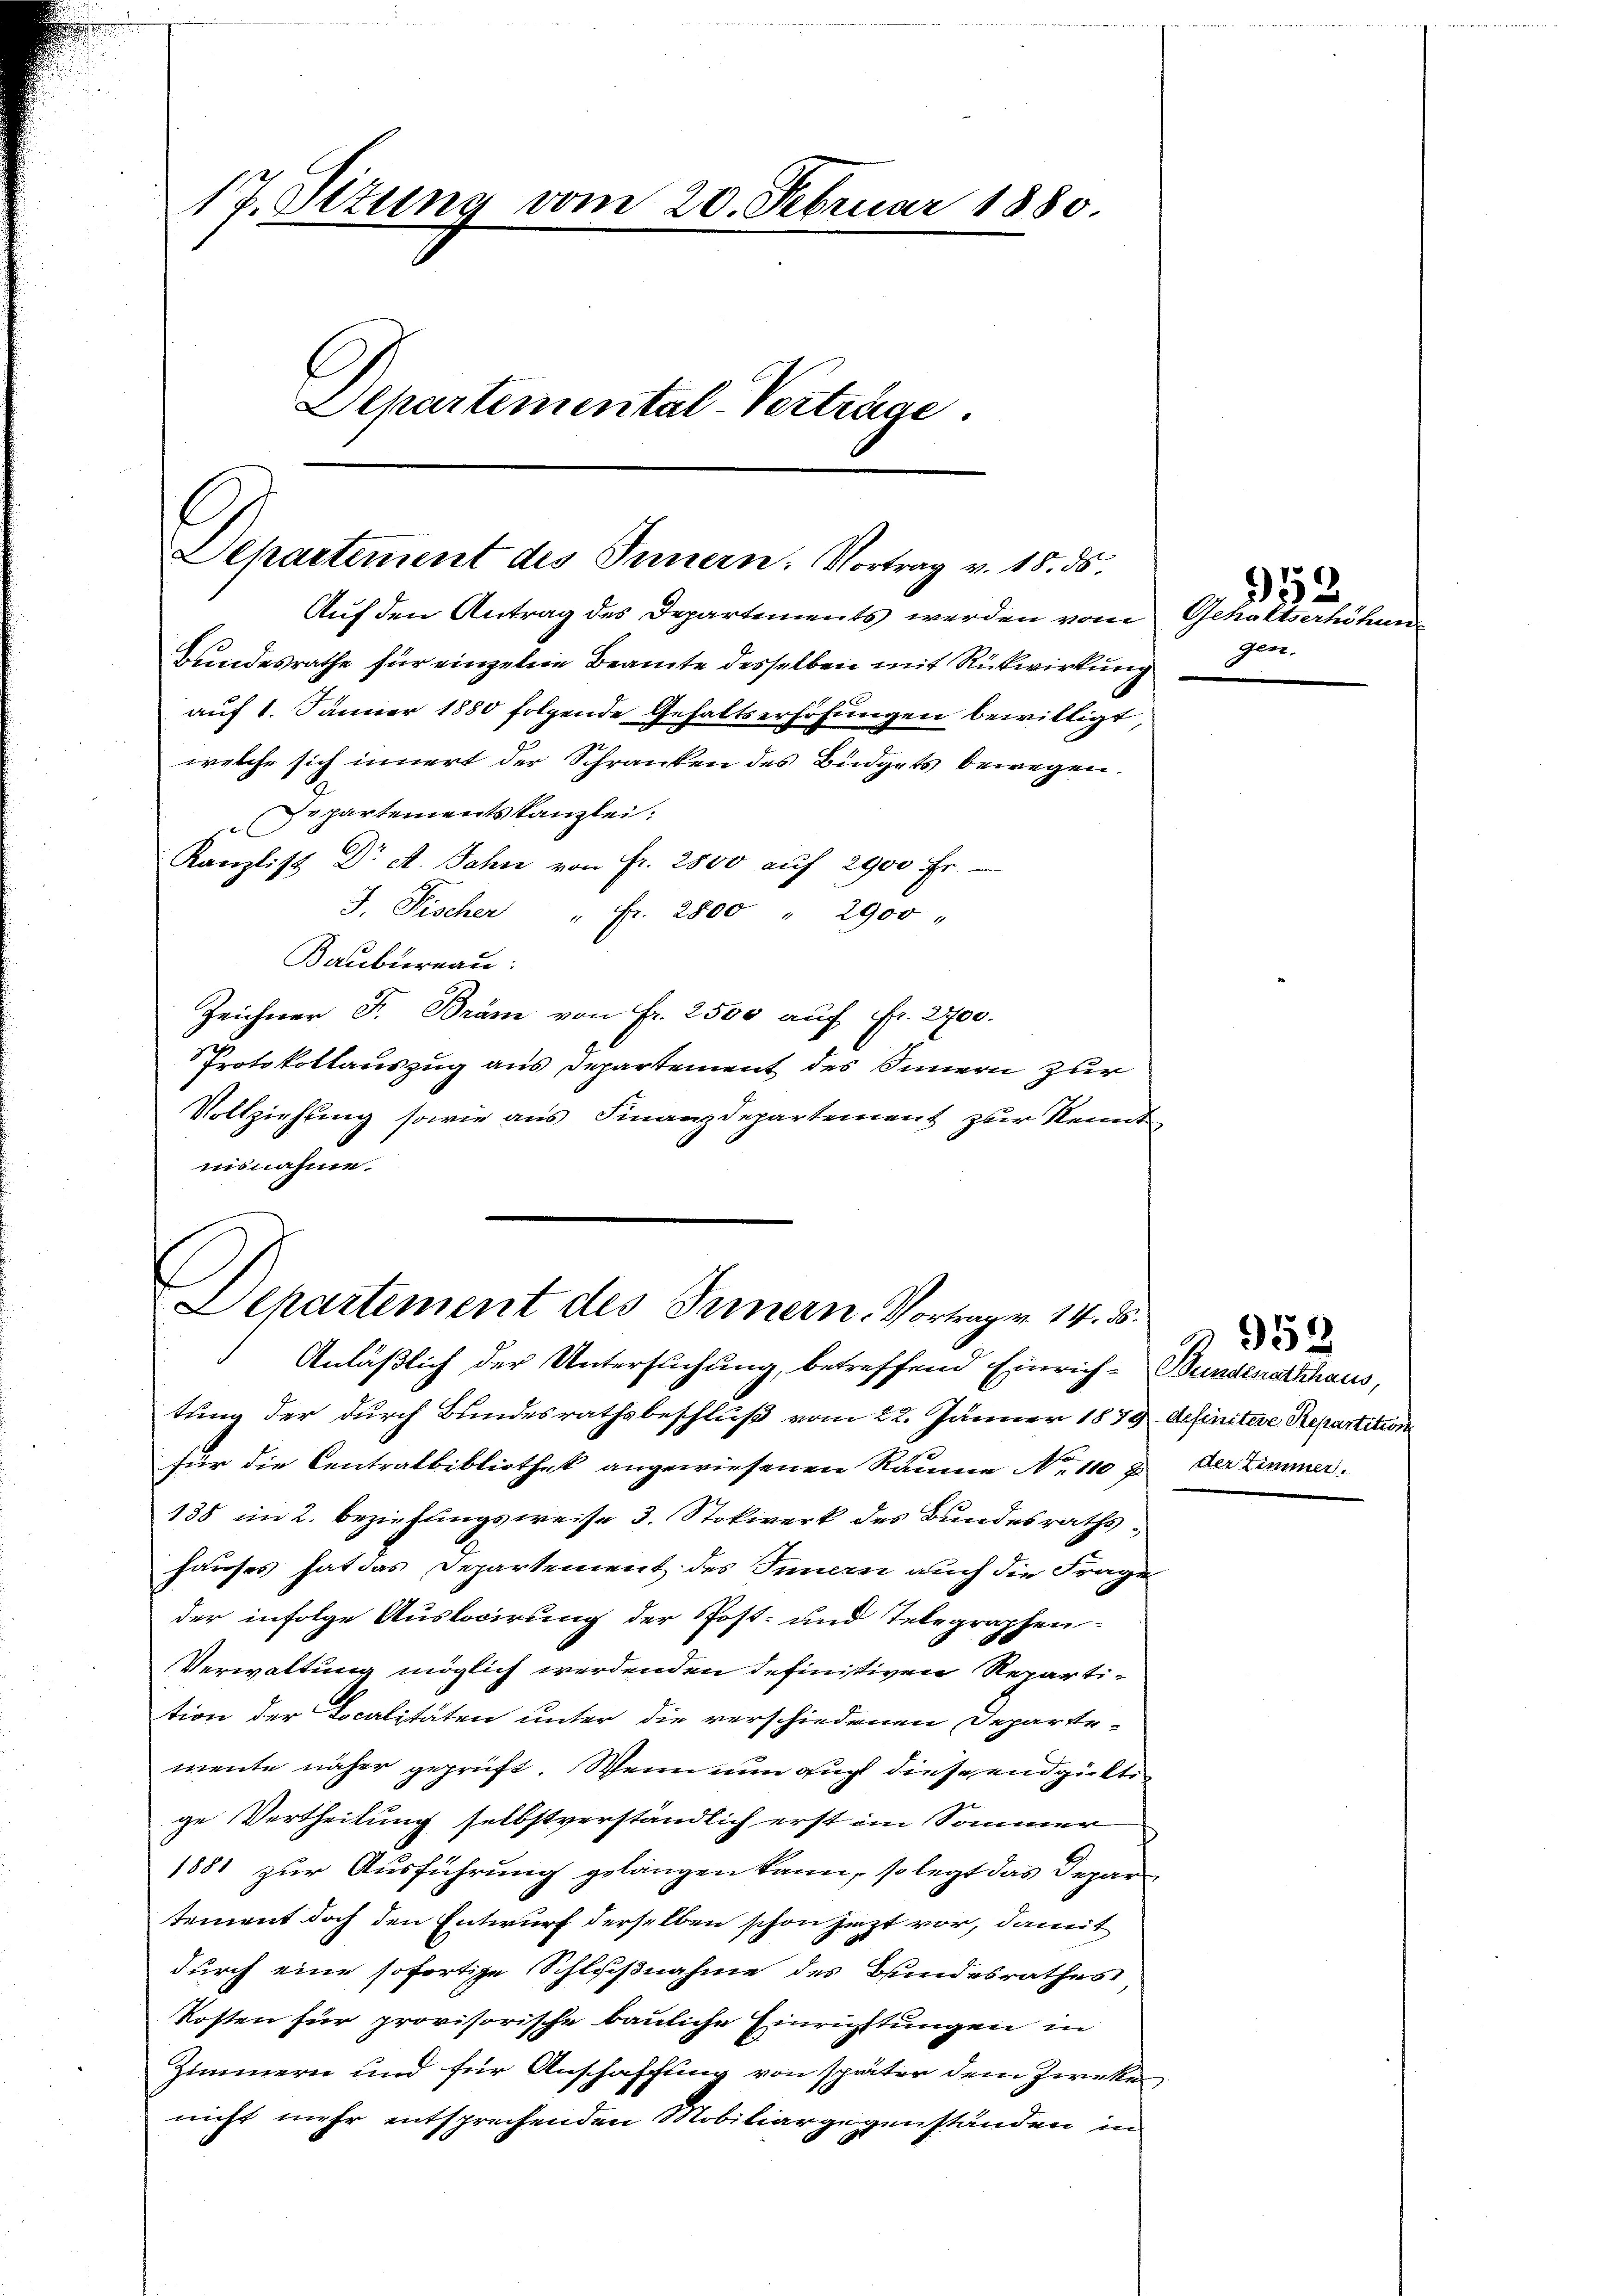
17. Situng vom 20. Februar 1880.
Departemental-Verträge.

Departement des Tunnern. Vortrag v. 18. ds.

Auf den Antrag des Departements werden vom Gehaltserhöhung
Bundesrathe für einzelne Beamte desselben mit Rückwirkung
auf 1. Jänner 1880 folgende Gehaltserhöhungen bewilligt
welche sich innert der Schranken des Büdgets bewegen.
Departementskanzlei:
x
Kanzlist Dr A. Jahn von Fr. 2500 aŭf 2900 Fr
J. Fischer " fr. 2800 2900 "
Baubureau.
Zeichner F. Bräm von Fr. 2500 auf Fr. 2700.
Protokollauszug aus Departement des Innern zur
Vollziehung sowie aus Finanzdepartement zur Kennt
nisnahme.

Departement des Innern. Vortrage 14. ds.

Anläßlich der Untersuchung, betreffend Einrich-Bundesrathhaus,
tung der durch Bundesrathsbeschluß vom 22. Jänner 1879 definitive Repartition
für die Centralbibliothek angewiesenen Räume No 110 & der Zimmer.
138 im 2. Beziehungsweise 3. Stokwerk des Bundesrathshauses hat das Departement des Innern auch die Frage
der infolge Auslocirung der Post- und Telegraphen-
Verwaltung möglich werdenden definitiven Reparti-
tion der Localitäten unter die verschiedenen Departe-
mente näher geprüft. Wenn nun auch diese endgüktige Vertheilung selbstverständlich erst im Sommer
1881 zur Ausführung gelangen kann, so legt das Departement doch den Entwurf derselben schon jezt vor, damit
durch eine sofortige Schlußnahme des Bundesrathes
Kosten für provisorische bauliche Einrichtungen in
Zimmern und für Anschaffung von später dem Zwecke
nicht mehr entsprechenden Mobiliargegenständen in

gen.

)
2.

353